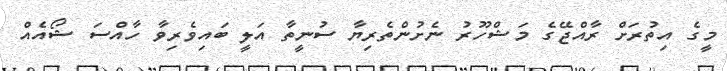
މީގެ އިތުރަށް ރާއްޖޭގެ މަޝްހޫރު ނެށުންތެރިޔާ ސުނީތާ އަލީ ބައިވެރިވާ ހާއްސަ ޝޯއެއް